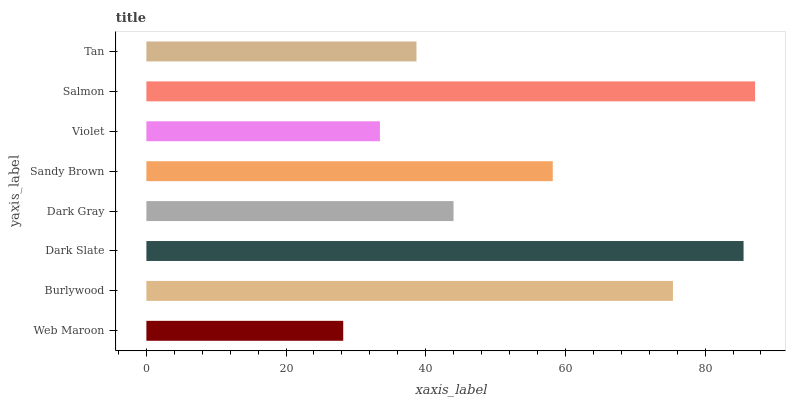
| yaxis_label | bars |
 | --- | --- |
 | Web Maroon | 28.2 |
 | Burlywood | 75.4 |
 | Dark Slate | 85.5 |
 | Dark Gray | 44 |
 | Sandy Brown | 58.2 |
 | Violet | 33.4 |
 | Salmon | 87.2 |
 | Tan | 38.7 |